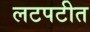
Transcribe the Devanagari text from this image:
लटपटीत